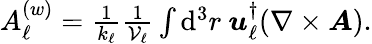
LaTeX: \begin{array}{r}{A_{\ell}^{(w)}=\frac{1}{k_{\ell}}\frac{1}{\mathcal{V}_{\ell}}\int\mathrm{d}^{3}r~\boldsymbol{u}_{\ell}^{\dagger}(\nabla\times\boldsymbol{A}).}\end{array}